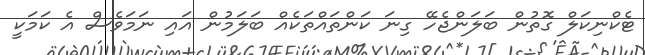
ޓެކްނިކަލް ގޮތުން ބަލަންޖެހޭ ގިނަ ކަންތައްތަކެއް ބަލަމުން އައި ނަމަވެސް އެ ކަމަކީ